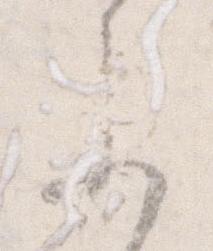
参